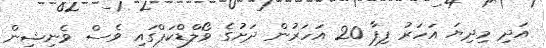
އަދި މިދިޔަ އަހަރު ފިފާ 20 އަހަރުން ދަަށުގެ ވޯލްޑްކަޕްގައި ވެސް ވެނިޝިން